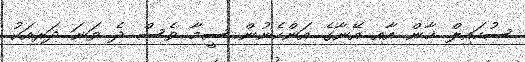
ސުހައިލް ޚާން އާއި އޭނާގެ އަންހެނުން ސީމާ ވެސް ދެ ވަނަ ދަރިއަކު